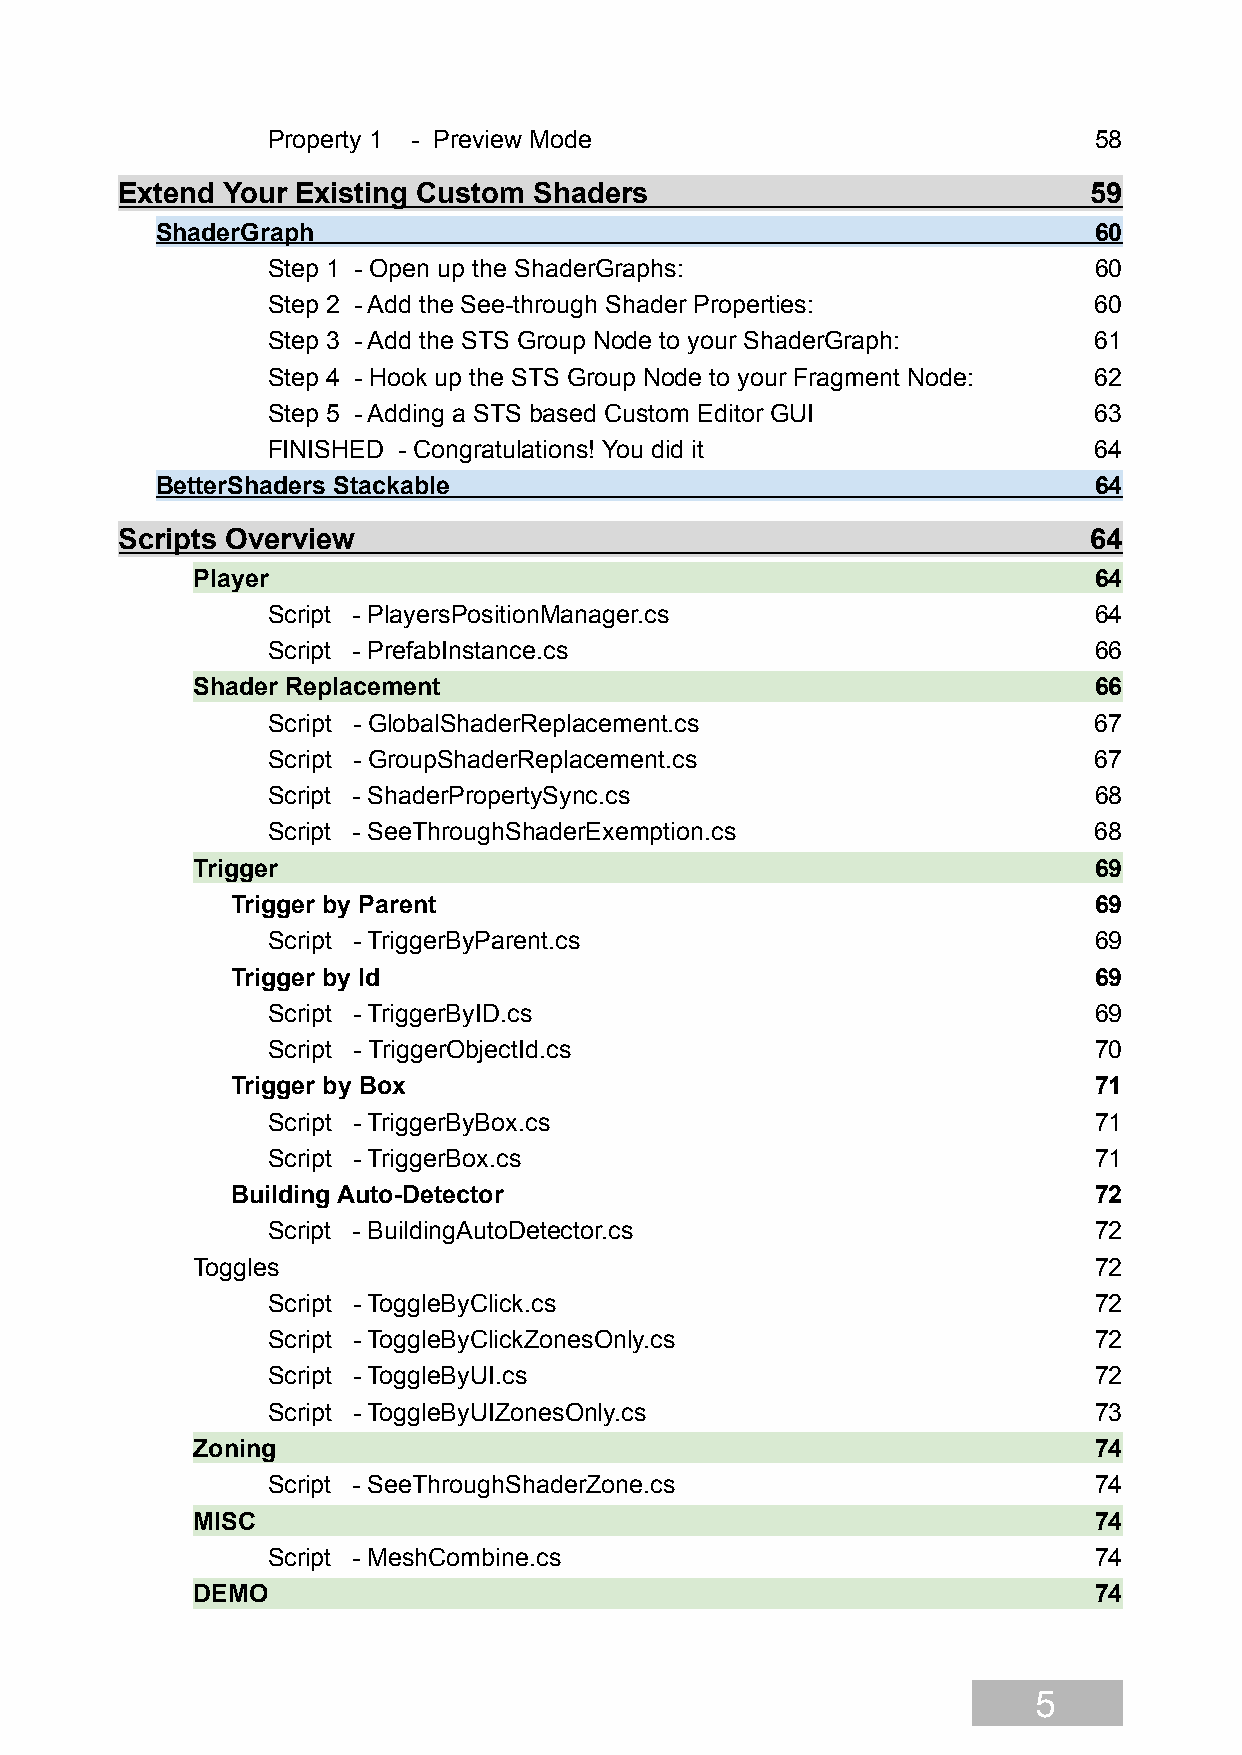
Property 1 - Preview Mode                             58
 Extend Your Existing Custom Shaders                             59
 ShaderGraph                                                   60
 Step 1 - Open up the ShaderGraphs:                    60
 Step 2 - Add the See-through Shader Properties:       60
 Step 3 - Add the STS Group Node to your ShaderGraph:  61
 Step 4 - Hook up the STS Group Node to your Fragment Node: 62
 Step 5 - Adding a STS based Custom Editor GUI         63
 FINISHED - Congratulations! You did it                64
 BetterShaders Stackable                                       64
 Scripts Overview                                                64
 Player                                                     64
 Script - PlayersPositionManager.cs                    64
 Script - PrefabInstance.cs                            66
 Shader Replacement                                         66
 Script - GlobalShaderReplacement.cs                   67
 Script - GroupShaderReplacement.cs                    67
 Script - ShaderPropertySync.cs                        68
 Script - SeeThroughShaderExemption.cs                 68
 Trigger                                                    69
 Trigger by Parent                                        69
 Script - TriggerByParent.cs                           69
 Trigger by Id                                            69
 Script - TriggerByID.cs                               69
 Script - TriggerObjectId.cs                           70
 Trigger by Box                                           71
 Script - TriggerByBox.cs                              71
 Script - TriggerBox.cs                                71
 Building Auto-Detector                                   72
 Script - BuildingAutoDetector.cs                      72
 Toggles                                                    72
 Script - ToggleByClick.cs                             72
 Script - ToggleByClickZonesOnly.cs                    72
 Script - ToggleByUI.cs                                72
 Script - ToggleByUIZonesOnly.cs                       73
 Zoning                                                     74
 Script - SeeThroughShaderZone.cs                      74
 MISC                                                       74
 Script - MeshCombine.cs                               74
 DEMO                                                       74
 5